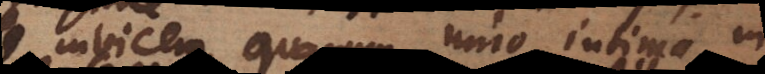
invicem, quarum unio intima in